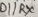
Text: D1/RX